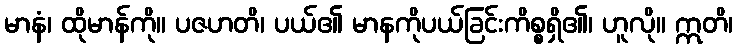
မာနံ၊ ထိုမာန်ကို။ ပဇဟတိ၊ ပယ်၏ မာနကိုပယ်ခြင်းကိစ္စရှိ၏၊ ဟူလို။ ဣတိ၊